Annual returns of the Patna Lunatic Asylum at Bankipore in Bihar and Orissa - 1912-1924
Year: 1912
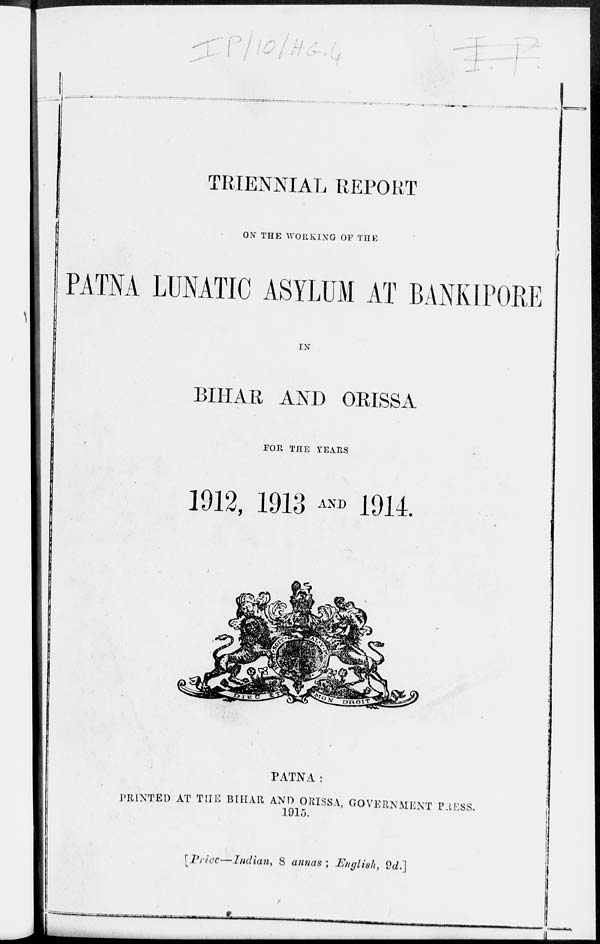
TRIENNIAL REPORT
ON THE WORKING OF THE
PATNA LUNATIC ASYLUM AT BANKIPORE
IN
BIHA
FOR THE YE
1912, 1913 AND 1914.
PATNA :
PRINTED AT THE BIHAR AND ORISSA, GOVERNMENT PRESS.
1915.
[ Price—Indian, 8 annas ; English, 9d.]